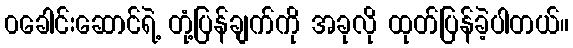
၀ခေါင်းဆောင်ရဲ့ တုံ့ပြန်ချက်ကို အခုလို ထုတ်ပြန်ခဲ့ပါတယ်။